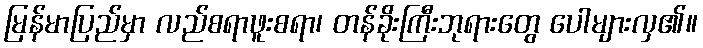
မြန်မာပြည်မှာ လည်စရာဖူးစရာ၊ တန်ခိုးကြီးဘုရားတွေ ပေါများလှ၏။